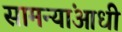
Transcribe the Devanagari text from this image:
सामन्यांआधी